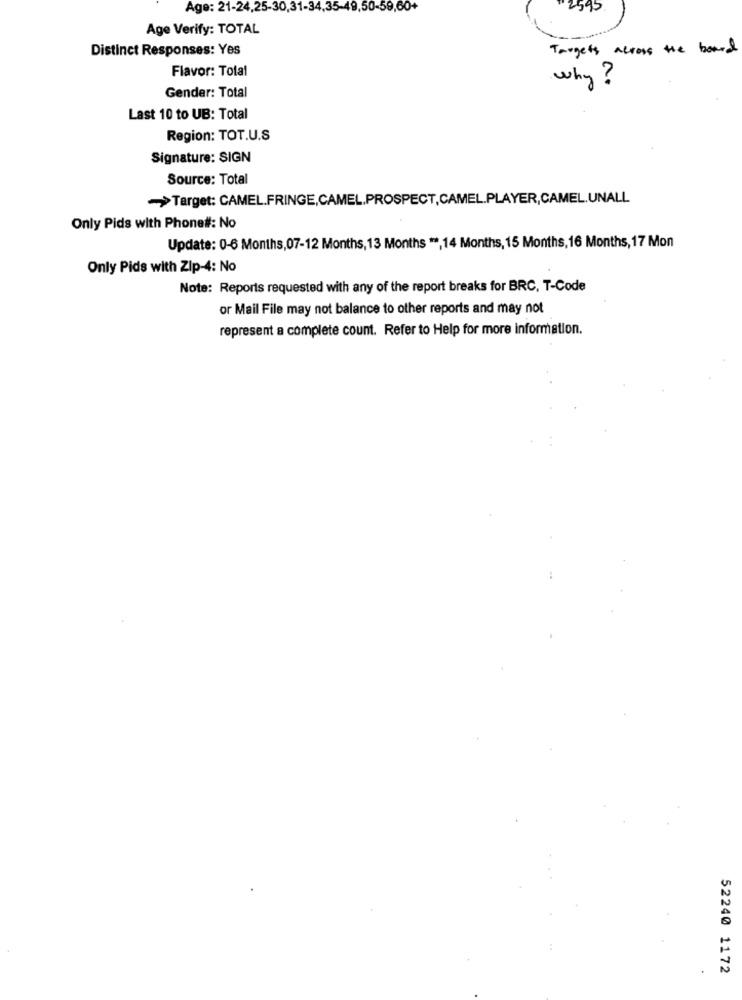
Age: 21-24,25-30,31-34,35-49,50-59,60+
2595.
Age Verify: TOTAL
Distinct Responses: Yes
Targets across the board
Flavor: Total
why?
Gender: Total
Last 10 to UB: Total
Region: TOT.U.S
Signature: SIGN
Source: Total
Target: CAMEL.FRINGE,CAMEL.PROSPECT,CAMEL.PLAYER,CAMEL.UNALL
Only Pids with Phone#: No
Update: 0-6 Months,07-12 Months, 13 Months ", 14 Months, 15 Months, 16 Months, 17 Mon
Only Pids with Zip-4: No
Note: Reports requested with any of the report breaks for BRC, T-Code
or Mail File may not balance to other reports and may not
represent a complete count. Refer to Help for more information.
52240 1172